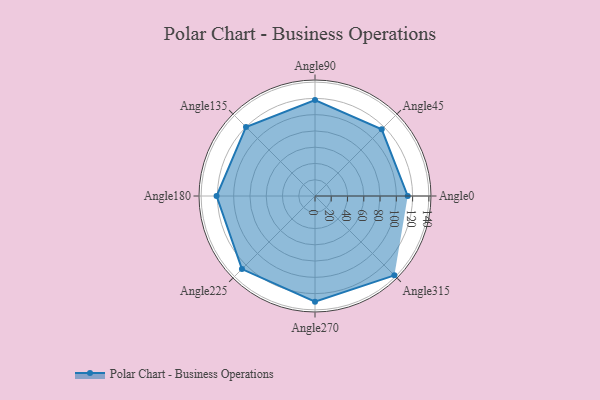
{"axis": {"x": "Angle", "y": "Radius"}, "legend": [""], "data": [{"x": "Angle0", "y": 114.0, "type": ""}, {"x": "Angle45", "y": 116.0, "type": ""}, {"x": "Angle90", "y": 118.0, "type": ""}, {"x": "Angle135", "y": 120.0, "type": ""}, {"x": "Angle180", "y": 121.0, "type": ""}, {"x": "Angle225", "y": 127.0, "type": ""}, {"x": "Angle270", "y": 130.0, "type": ""}, {"x": "Angle315", "y": 138.0, "type": ""}]}